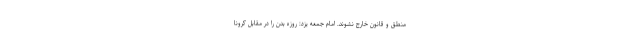
منطق و قانون خارج نشوند. امام جمعه یزد: روزه بدن را در مقابل کرونا